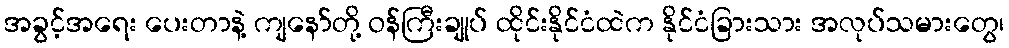
အခွင့်အရေး ပေးတာနဲ့ ကျနော်တို့ ဝန်ကြီးချုပ် ထိုင်းနိုင်ငံထဲက နိုင်ငံခြားသား အလုပ်သမားတွေ၊